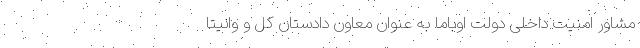
مشاور امنیت داخلی دولت اوباما به عنوان معاون دادستان کل و وانیتا